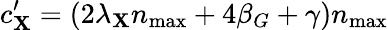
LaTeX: c_{\mathbf{X}}^{\prime}=(2\lambda_{\mathbf{X}}n_{\operatorname*{max}}+4\beta_{G}+\gamma)n_{\operatorname*{max}}